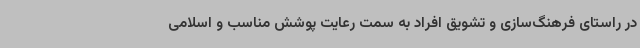
در راستای فرهنگ‌سازی و تشویق افراد به سمت رعایت پوشش مناسب و اسلامی